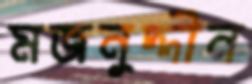
মজনুদ্দীন